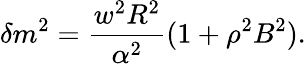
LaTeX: \delta m^{2}=\frac{w^{2}R^{2}}{\alpha^{2}}(1+\rho^{2}B^{2}).